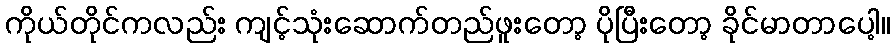
ကိုယ်တိုင်ကလည်း ကျင့်သုံးဆောက်တည်ဖူးတော့ ပိုပြီးတော့ ခိုင်မာတာပေါ့။